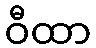
ဝီထာ